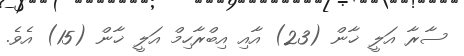
ސާރާ އަލީ ޚާން (23) އާއި އިބްރާހިމް އަލީ ޚާން (15) އެވެ.